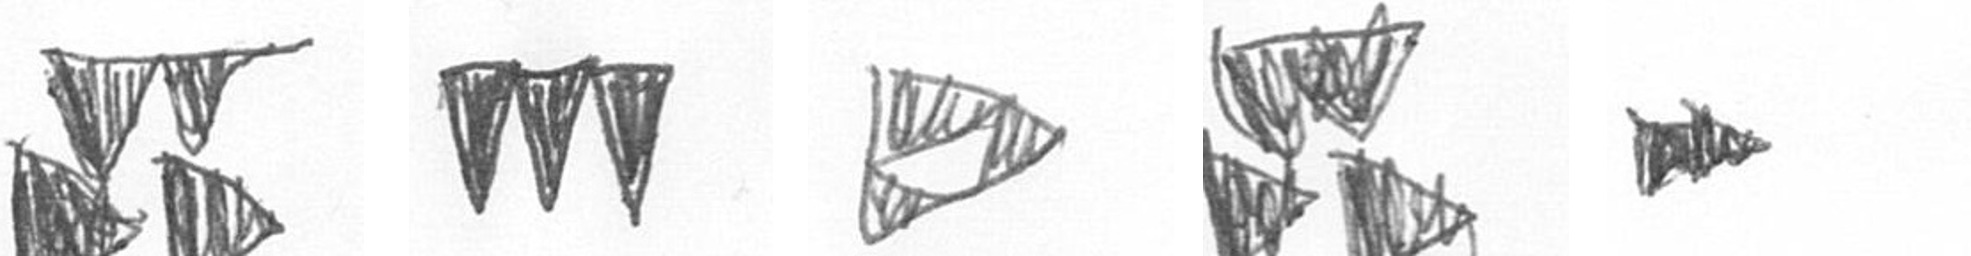
B L K B A